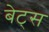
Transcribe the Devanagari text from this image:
बेट्‌स